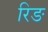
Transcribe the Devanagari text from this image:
रिङ